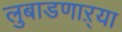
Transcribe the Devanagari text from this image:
लुबाडणाऱ्या